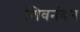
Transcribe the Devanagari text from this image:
शिवनंदन